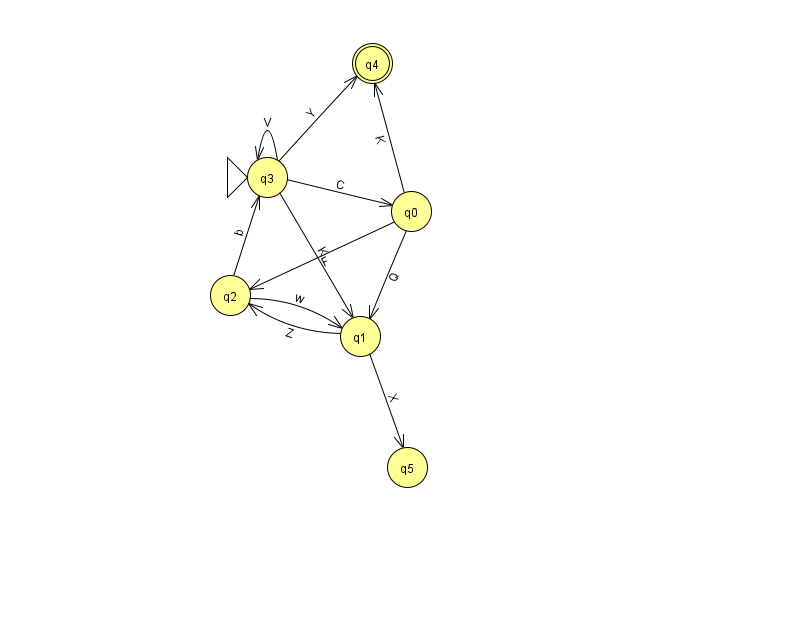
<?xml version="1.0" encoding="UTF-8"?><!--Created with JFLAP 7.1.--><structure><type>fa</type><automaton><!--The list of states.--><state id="0" name="q0"><x>411.0</x><y>198.0</y></state><state id="1" name="q1"><x>360.0</x><y>323.0</y></state><state id="2" name="q2"><x>230.0</x><y>282.0</y></state><state id="3" name="q3"><x>267.0</x><y>164.0</y><initial/></state><state id="4" name="q4"><x>372.0</x><y>50.0</y><final/></state><state id="5" name="q5"><x>407.0</x><y>454.0</y></state><!--The list of transitions.--><transition><from>0</from><to>2</to><read>F</read></transition><transition><from>0</from><to>1</to><read>Q</read></transition><transition><from>3</from><to>1</to><read>K</read></transition><transition><from>0</from><to>4</to><read>K</read></transition><transition><from>3</from><to>3</to><read>V</read></transition><transition><from>2</from><to>1</to><read>w</read></transition><transition><from>3</from><to>0</to><read>C</read></transition><transition><from>1</from><to>2</to><read>Z</read></transition><transition><from>2</from><to>3</to><read>b</read></transition><transition><from>1</from><to>5</to><read>X</read></transition><transition><from>3</from><to>4</to><read>Y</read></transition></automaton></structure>